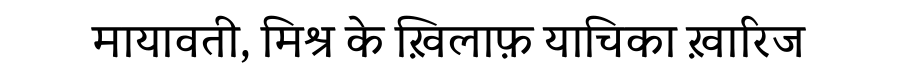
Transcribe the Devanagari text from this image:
मायावती, मिश्र के ख़िलाफ़ याचिका ख़ारिज